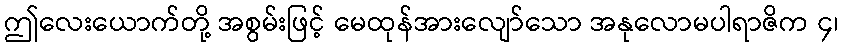
ဤလေးယောက်တို့ အစွမ်းဖြင့် မေထုန်အားလျော်သော အနုလောမပါရာဇိက ၄၊